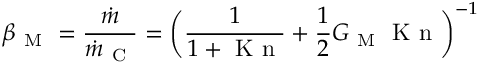
\beta _ { \mathrm { ~ M ~ } } = \frac { \dot { m } } { \dot { m } _ { \mathrm { ~ C ~ } } } = \bigg ( \frac { 1 } { 1 + \mathrm { ~ K ~ n ~ } } + \frac { 1 } { 2 } G _ { \mathrm { ~ M ~ } } \mathrm { ~ K ~ n ~ } \bigg ) ^ { - 1 }